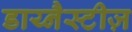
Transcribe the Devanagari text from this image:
डाय्नैस्टीज़